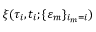
\xi ( \tau _ { i } , t _ { i } ; \{ \varepsilon _ { m } \} _ { i _ { m } = i } )